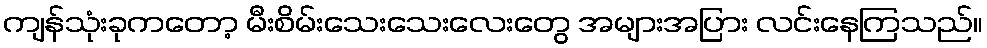
ကျန်သုံးခုကတော့ မီးစိမ်းသေးသေးလေးတွေ အများအပြား လင်းနေကြသည်။